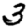
Digit: 3